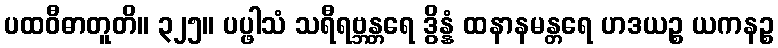
ပထဝီဓာတူတိ။ ၃၂၅။ ပပ္ဖါသံ သရီရဗ္ဘန္တရေ ဒွိန္နံ ထနာနမန္တရေ ဟဒယဉ္စ ယကနဉ္စ